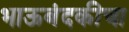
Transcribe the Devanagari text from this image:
भाऊबंदकीचा